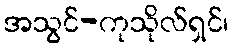
အသွင်-ကုသိုလ်ရှင်၊